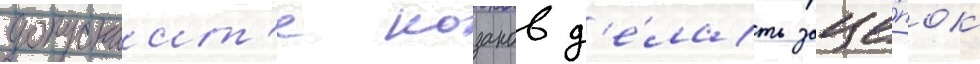
допускаит'е козаков д'е́лать заце́пок